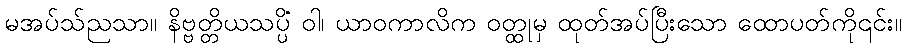
မအပ်သ်ညသာ။ နိဗ္ဗတ္တိယသပ္ပိံ ဝါ၊ ယာဝကာလိက ဝတ္ထုမှ ထုတ်အပ်ပြီးသော ထောပတ်ကို၎င်း။